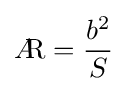
A\!\!{\text{R}}={\frac {b^{2}}{S}}